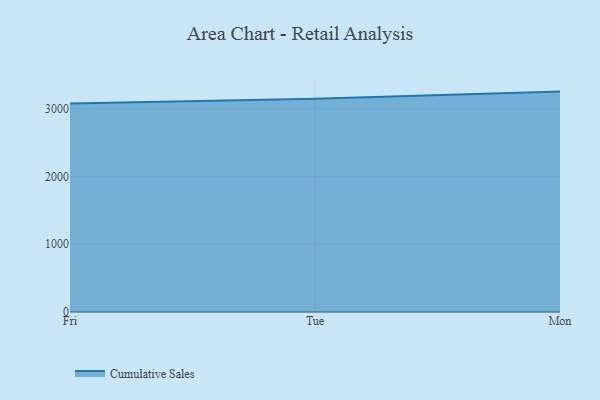
{"axis": {"x": "Day", "y": "Shipments"}, "legend": ["Cumulative Sales"], "data": [{"x": "Fri", "y": 3078.3, "type": "Cumulative Sales"}, {"x": "Tue", "y": 3150.0, "type": "Cumulative Sales"}, {"x": "Mon", "y": 3254.3, "type": "Cumulative Sales"}]}